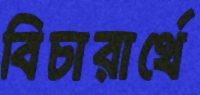
বিচারার্থে